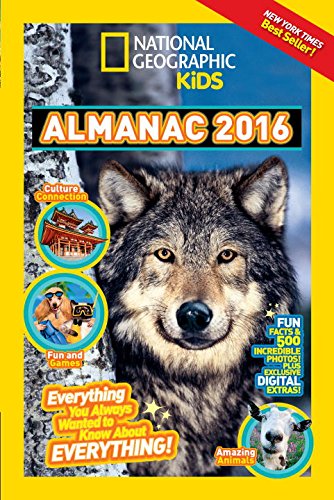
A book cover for National Geographic Kids Almanac 2016; National Geographic Kids; Children's Books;